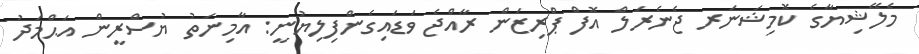
މެލޭޝިޔާގެ ކޮމިޝަނަރ ޖެނެރަލް އޮފް ޕްރިޒަން ރާއްޖެ ވަޑައިގެންފިލިޔުނީ: އާމިނަތު ޔުސްރީން އަޙްމަދު